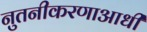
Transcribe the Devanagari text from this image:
नुतनीकरणाआधी